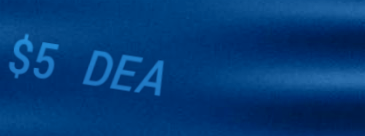
$5 DEAL